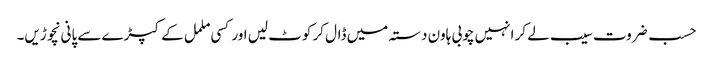
حسب ضروت سیب لے کر انہیں چوبی ہاون دستہ میں ڈال کر کوٹ لیں اور کسی ململ کے کپڑے سے پانی نچوڑیں۔